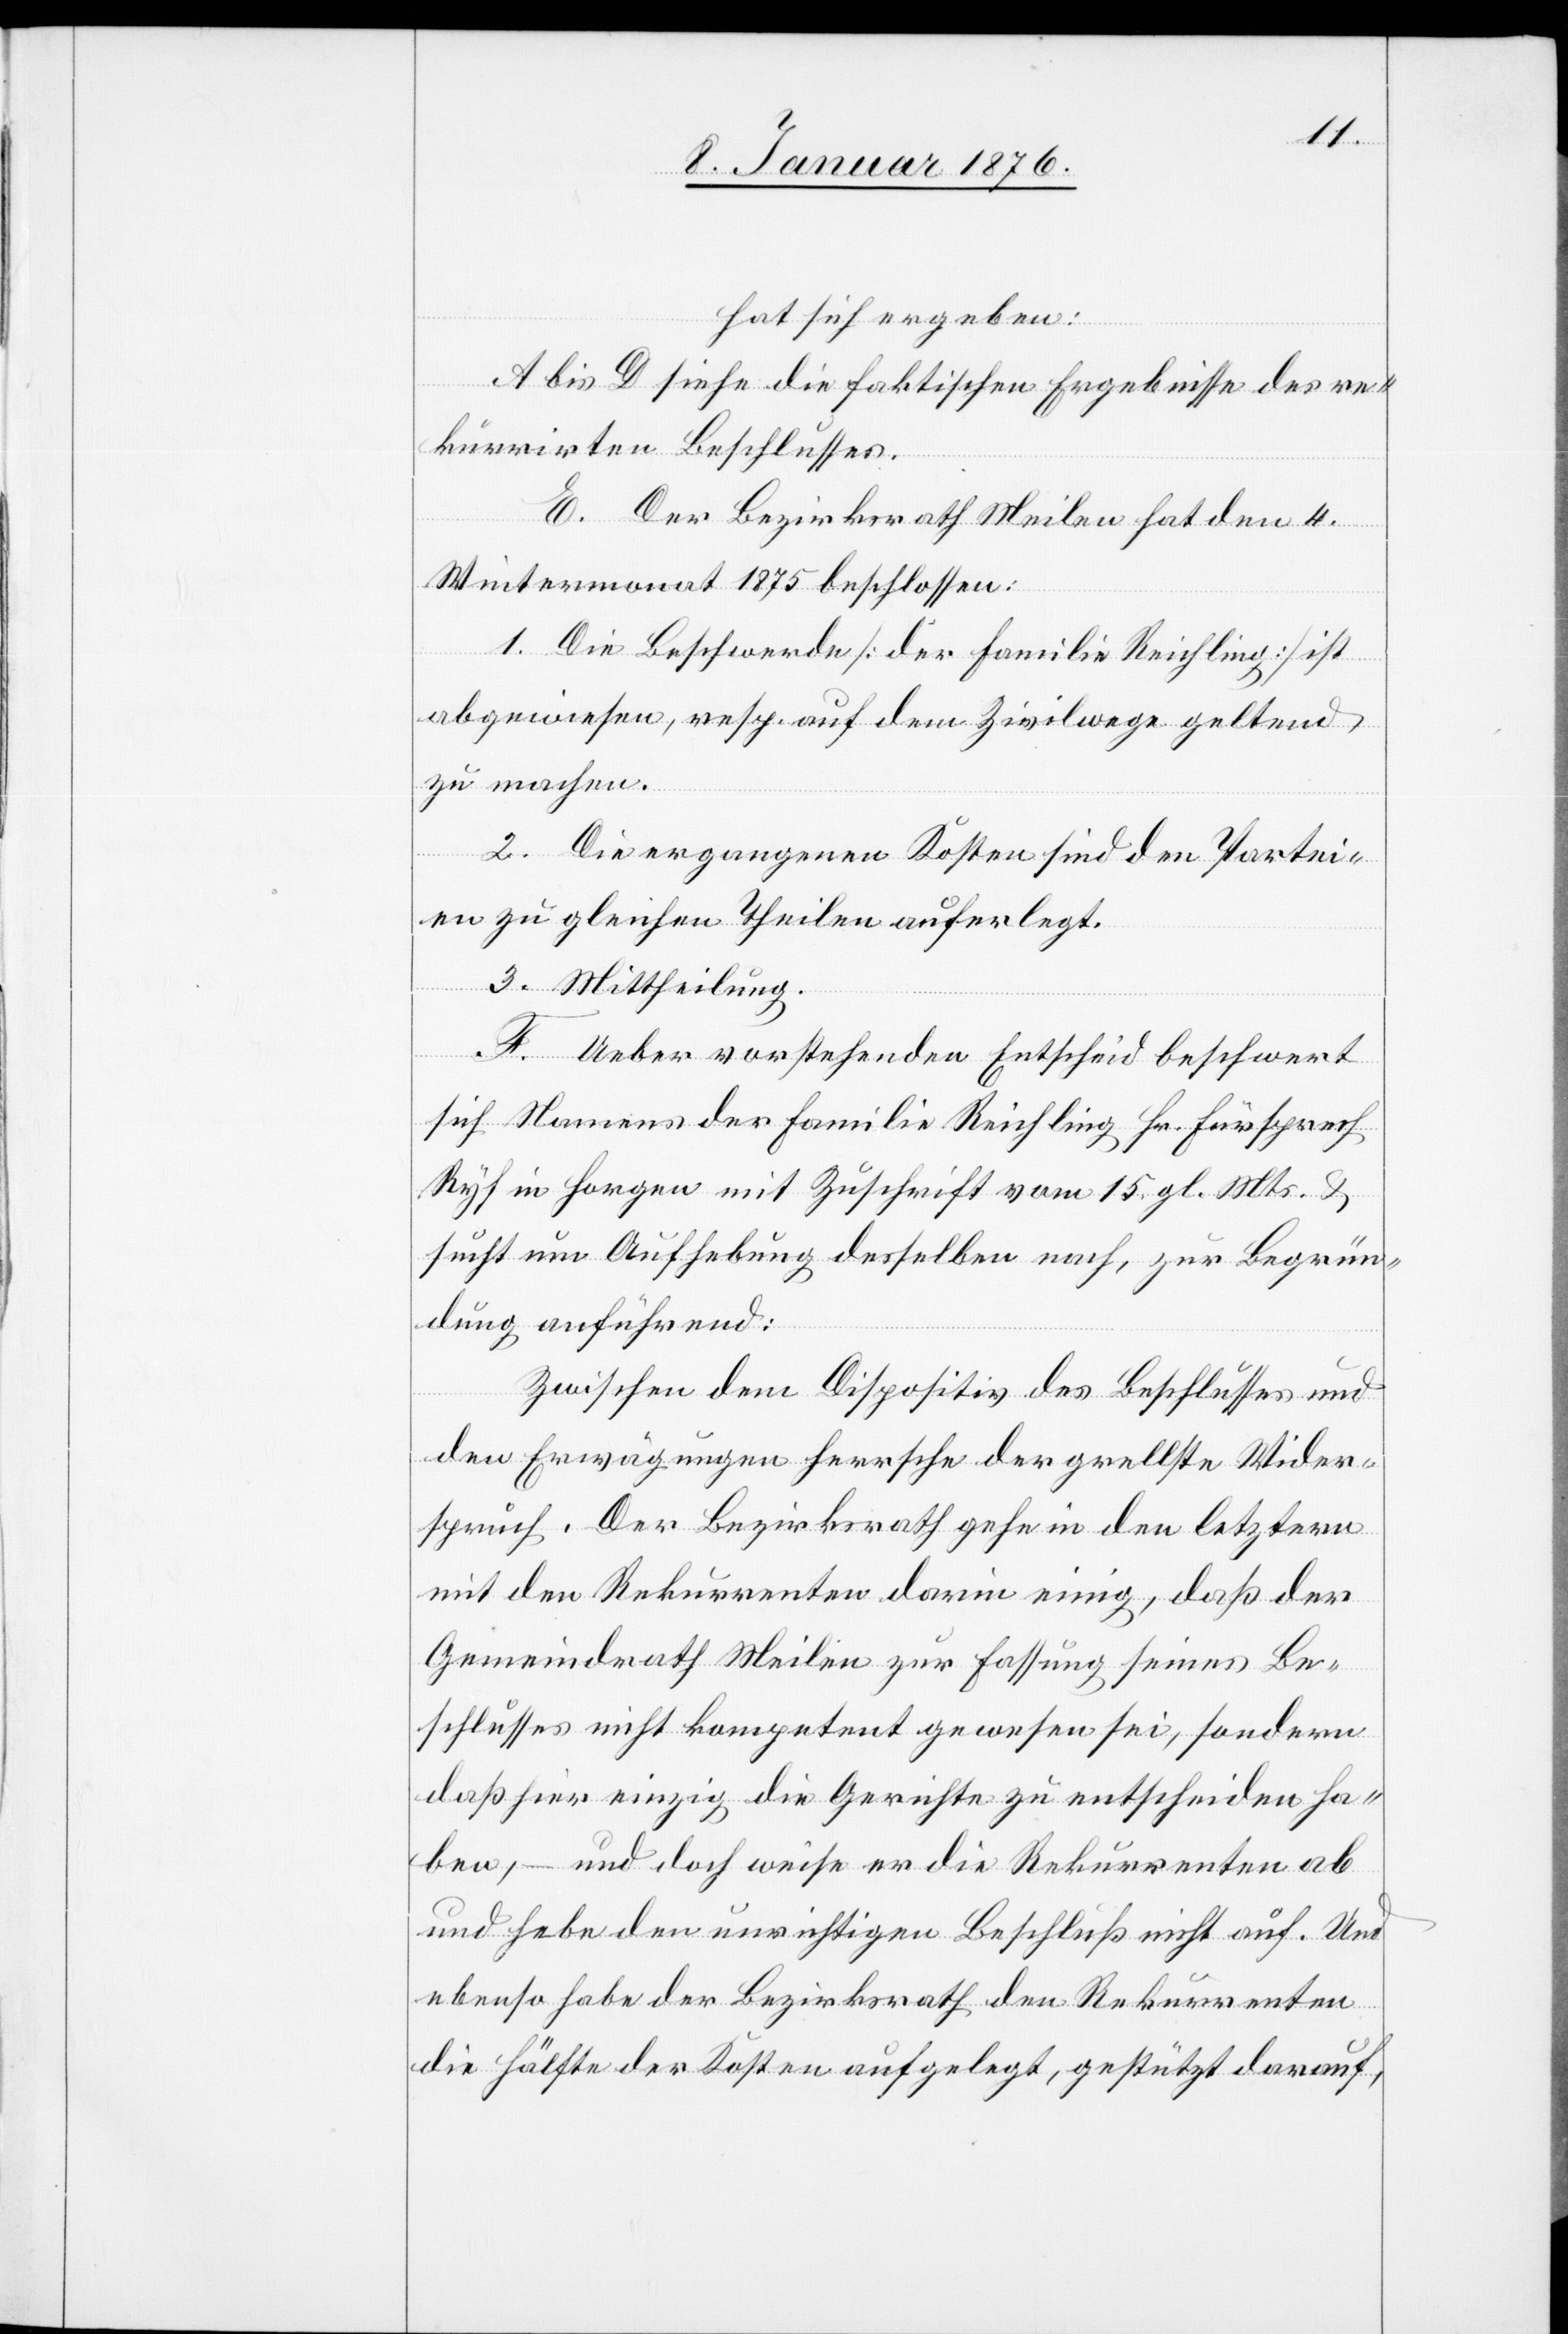
hat sich ergeben:
A bis D siehe die faktischen Ergebnisse des re¬
kurrirten Beschlusses.
E. Der Bezirksrath Meilen hat den 4.
Wintermonat 1875 beschlossen:
1. Die Beschwerde [der Familie Reichling] ist
abgewiesen, resp. auf dem Zivilwege geltend
zu machen.
2. Die ergangenen Kosten sind den Partei¬
en zu gleichen Theilen auferlegt.
3. Mittheilung.
F. Ueber vorstehenden Entscheid beschwert
sich Namens der Familie Reichling Hr. Fürsprech
Ryf in Horgen mit Zuschrift vom 15. gl. Mts. u.
sucht um Aufhebung desselben nach, zur Begrün¬
dung anführend:
Zwischen dem Dispositiv des Beschlusses und
den Erwägungen herrsche der grellste Wider¬
spruch. Der Bezirksrath gehe in den letztern
mit den Rekurrenten darin einig, daß der
Gemeindrath Meilen zur Fassung seines Be¬
schlusses nicht kompetent gewesen sei, sondern
daß hier einzig die Gerichte zu entscheiden ha¬
ben, – und doch weise er die Rekurrenten ab
und hebe den unrichtigen Beschluß nicht auf. Und
ebenso habe der Bezirksrath den Rekurrenten
die Hälfte der Kosten aufgelegt, gestützt darauf,